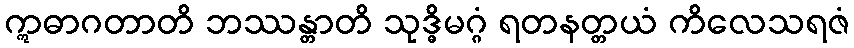
ဣဓာဂတာတိ ဘဿန္တာတိ သုဒ္ဓိမဂ္ဂံ ရတနတ္တယံ ကိလေသရဇံ